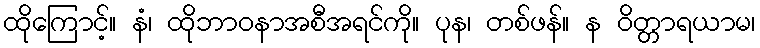
ထိုကြောင့်။ နံ၊ ထိုဘာဝနာအစီအရင်ကို။ ပုန၊ တစ်ဖန်။ န ဝိတ္တာရယာမ၊